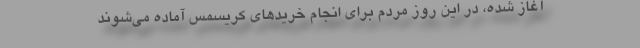
آغاز شده، در این روز مردم برای انجام خریدهای کریسمس آماده می‌شوند